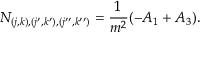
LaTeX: N _ { ( j , k ) , ( j ^ { \prime } , k ^ { \prime } ) , ( j ^ { \prime \prime } , k ^ { \prime \prime } ) } = \frac { 1 } { m ^ { 2 } } ( - A _ { 1 } + A _ { 3 } ) .